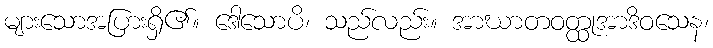
များသောအပြားရှိ၏။ ဒေါသောပိ၊ သည်လည်း။ အာဃာတဝတ္ထုအာဒိဝသေန၊